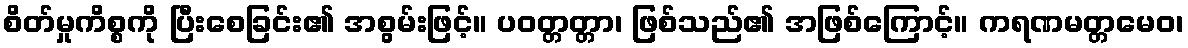
စိတ်မှုကိစ္စကို ပြီးစေခြင်း၏ အစွမ်းဖြင့်။ ပဝတ္တတ္တာ၊ ဖြစ်သည်၏ အဖြစ်ကြောင့်။ ကရဏမတ္တမေဝ၊